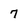
Character: 7